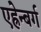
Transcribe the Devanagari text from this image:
एह्रेन्बर्ग